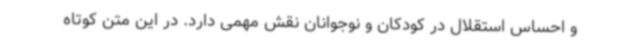
و احساس استقلال در کودکان و نوجوانان نقش مهمی دارد. در این متن کوتاه